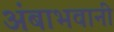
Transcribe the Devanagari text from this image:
अंबाभवानी